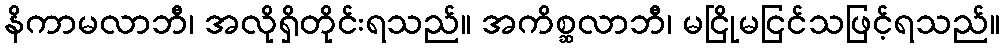
နိကာမလာဘီ၊ အလိုရှိတိုင်းရသည်။ အကိစ္ဆလာဘီ၊ မငြိုမငြင်သဖြင့်ရသည်။